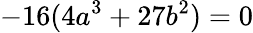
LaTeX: -16(4a^{3}+27b^{2})=0